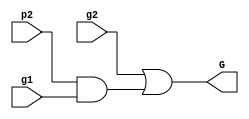
module blue_cell(p2, g1, g2, G);
input  p2, g1, g2;
output G;

// put your design here
wire and1;

and(and1,p2,g1);
or(G,g2,and1);

endmodule